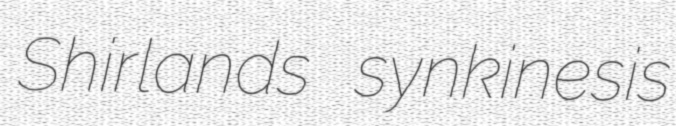
Shirlands synkinesis